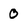
Character: 0